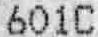
601C